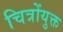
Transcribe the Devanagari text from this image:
चित्रोंयुक्त